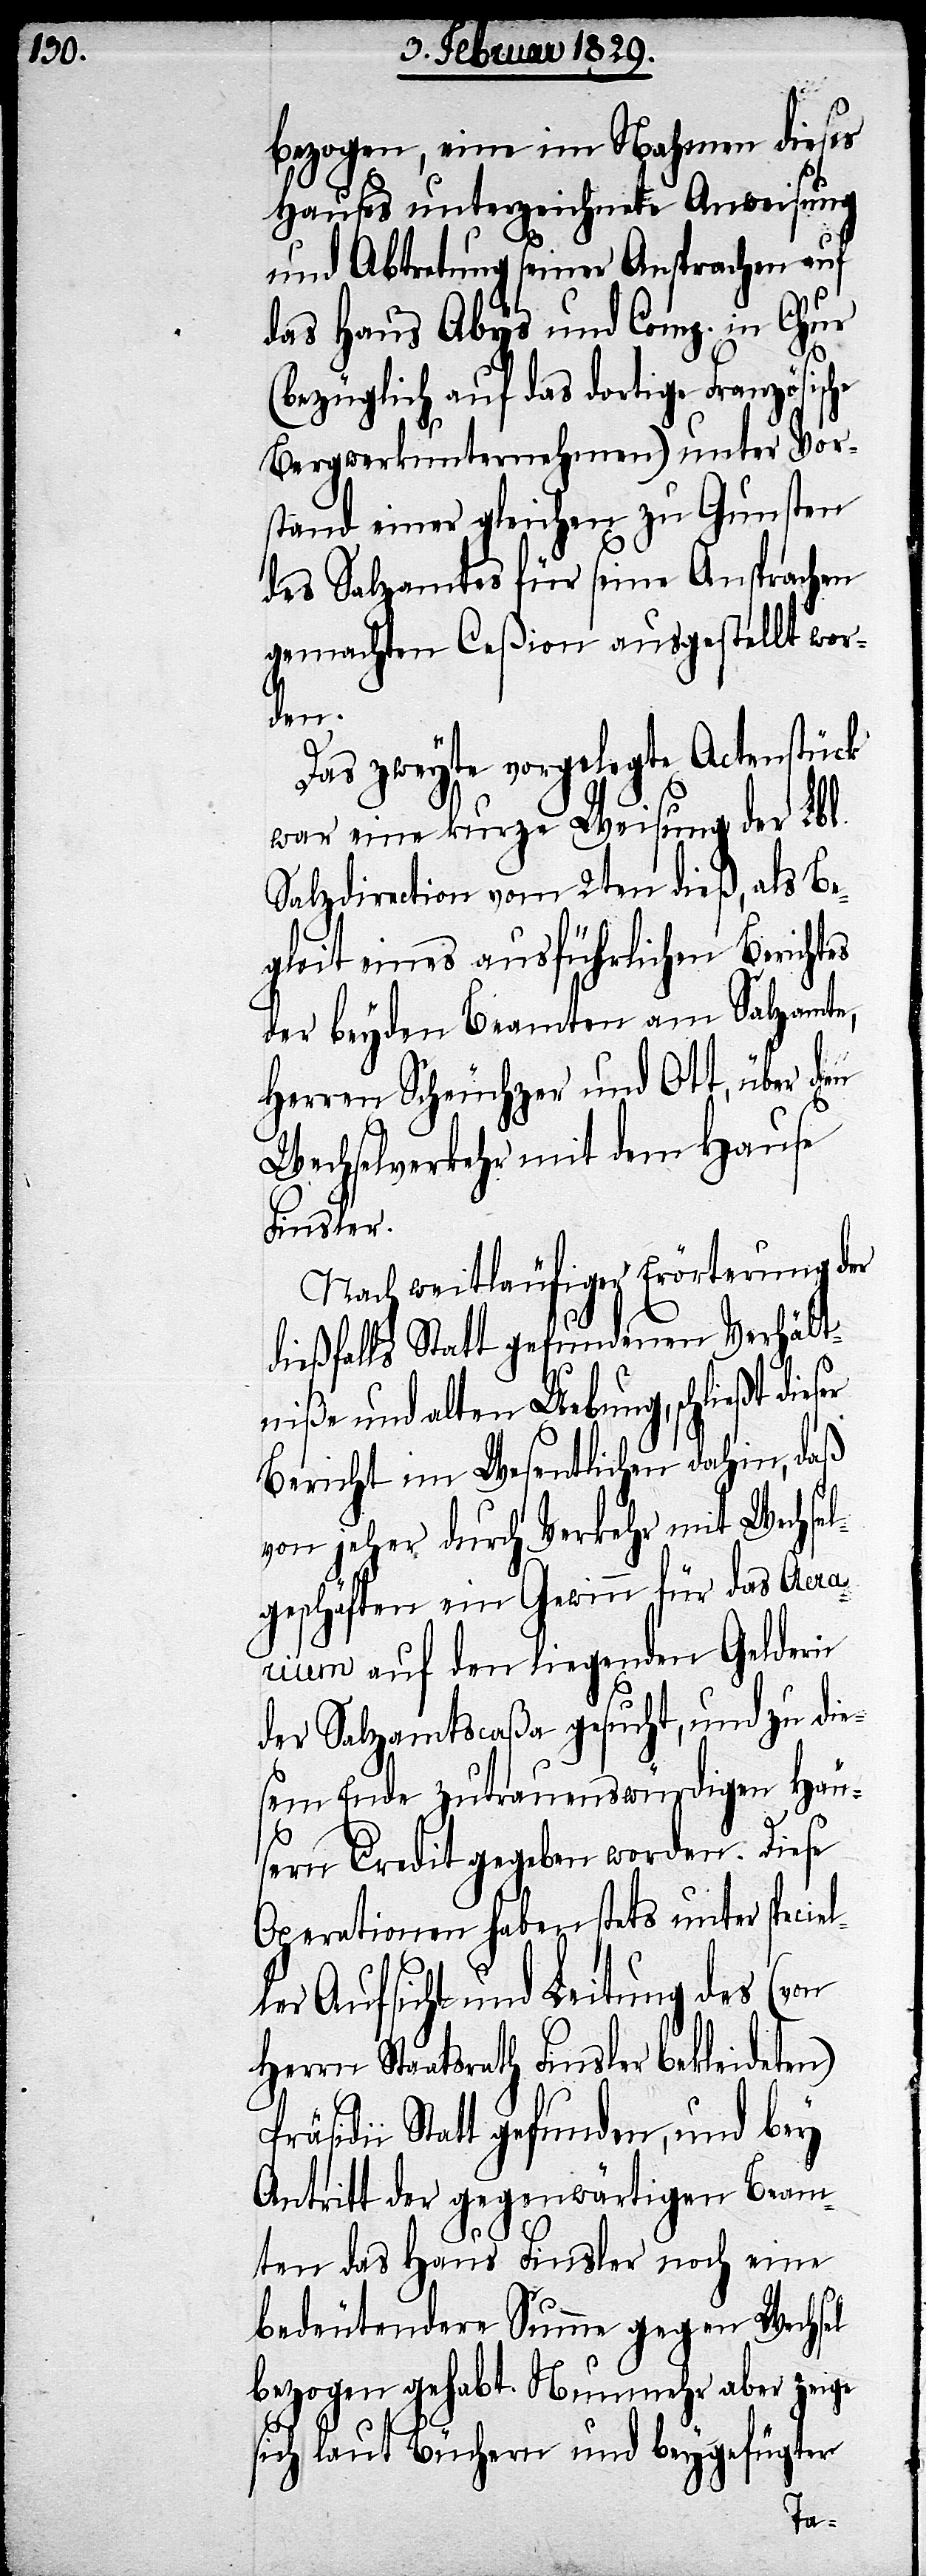
bezogen, eine im Nahmen dieses
Hauses unterzeichnete Anweisung
und Abtretung seiner Ansprachen auf
das Haus Abys und Comp. in Chur
(bezüglich auf das dortige Französische
Bergwerkunternehmen) unter Vor¬
stand einer gleichen zu Gunsten
des Salzamtes für seine Ansprachen
gemachten Ceßionen ausgestellt wor¬
den.
Das zweyte vorgelegte Actenstück
war eine kurze Weisung der Lbl.
Salzdirection vom 2ten dieß, als Be¬
gleit eines ausführlichen Berichtes
der beyden Beamten am Salzamte,
Herren Scheuchzer und Ott, über den
Wechselverkehr mit dem Hause
dieser
Nach weitläufiger Erörterung der
dießfalls Statt gefundenen Verhält¬
niße und alten Uebung, schließt
Bericht im Wesentlichen dahin, daß
von jeher durch Verkehr mit Wechsel¬
geschäften ein Gewinn für das Aerar¬
ium auf den liegenden Geldern
der Salzamtscaßa gesucht, und zu die¬
sem Ende zutrauenswürdigen Häu¬
sern Credit gegeben worden. Diese
Operationen haben stets unter speci¬
ler Aufsicht und Leitung des
Herrn Staatsrath Finsler
äsidii Statt gefunden, und bey
Antritt der gegenwärtigen Beam¬
Pr¬
ten das Haus Finsler noch eine
bedeutende Summe gegen Wechsel
bezogen gehabt. Nunmehr aber zeige
sich laut Büchern und beygefügter